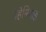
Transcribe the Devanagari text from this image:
नेहेमियाह